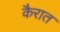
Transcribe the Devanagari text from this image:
कैरात